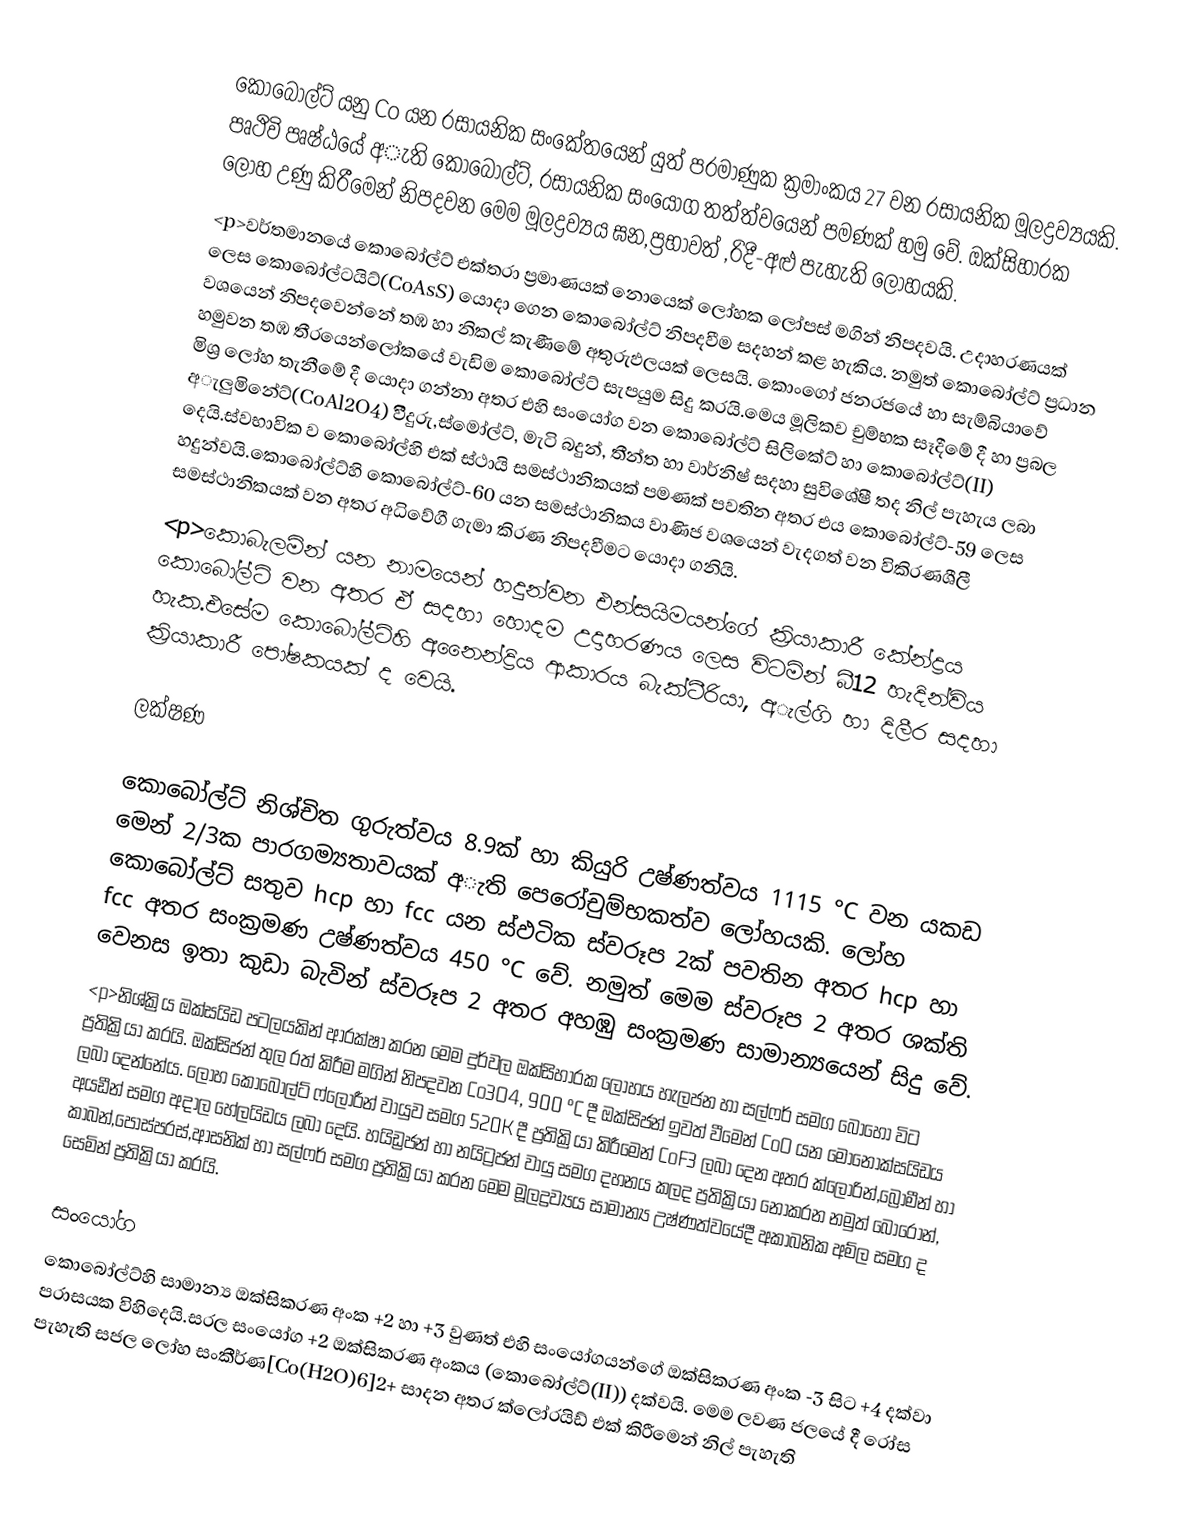
කොබෝල්ට් යනු Co යන රසායනික සංකේතයෙන් යුත් පරමාණුක ක්‍රමාංකය 27 වන රසායනික මූලද්‍රව්‍යයකි. පෘථිවි පෘෂ්ඨයේ අැති කොබෝල්ට්, රසායනික සංයෝග තත්ත්වයෙන් පමණක් හමු වේ. ඔක්සිහාරක  ලෝහ උණු කිරීමෙන් නිපදවන මෙම මූලද්‍රව්‍යය ඝන,ප්‍රභාවත් ,රිදී-අළු පැහැති ලෝහයකි.
<p>වර්තමානයේ කොබෝල්ට් එක්තරා ප්‍රමාණයක් නොයෙක් ලෝහක ලෝපස් මගින් නිපදවයි. උදාහරණයක් ලෙස කොබෝල්ටයිට්(CoAsS) යොදා ගෙන කොබෝල්ට් නිපදවීම සදහන් කළ හැකිය. නමුත් කොබෝල්ට් ප්‍රධාන වශයෙන් නිපදවෙන්නේ තඹ හා නිකල් කැණීමේ අතුරුඵලයක් ලෙසයි. කොංගෝ ජනරජයේ හා සැම්බියාවේ හමුවන තඹ තීරයෙන්ලෝකයේ වැඩිම කොබෝල්ට් සැපයුම සිදු කරයි.මෙය මූලිකව චුම්භක සෑදීමේ දී හා ප්‍රබල මිශ්‍ර ලෝහ තැනීමේ දී යොදා ගන්නා අතර එහි සංයෝග වන කොබෝල්ට් සිලිකේට් හා කොබෝල්ට්(II) අැලුමිනේට්(CoAl2O4) විීදුරු,ස්මෝල්ට්, මැටි බදුන්, තීන්ත හා වාර්නිෂ් සදහා සුවිශේෂී තද නිල් පැහැය ලබා දෙයි.ස්වභාවික ව කොබෝල්හි එක් ස්ථායි සමස්ථානිකයක් පමණක් පවතින අතර එය කොබෝල්ට්-59 ලෙස හදුන්වයි.කොබෝල්ට්හි කොබෝල්ට්-60 යන සමස්ථානිකය වාණිජ වශයෙන් වැදගත් වන විකිරණශීලී සමස්ථානිකයක් වන අතර අධිවේගී ගැමා කිරණ නිපදවීමට යොදා ගනියි.
<p>කොබැලමින් යන නාමයෙන් හදුන්වන එන්සයිමයන්ගේ ක්‍රියාකාරී කේන්ද්‍රය කොබෝල්ට් වන අතර ඒ සදහා හොදම උදාහරණය ලෙස විටමින් බී12 හැදින්විය හැක.එසේම කොබෝල්ට්හි අනෛන්ද්‍රිය ආකාරය බැක්‍ටීරියා, අැල්ගි හා දිලීර සදහා ක්‍රියාකාරී පෝෂකයක් ද වෙයි.

ලක්ෂණ

කොබෝල්ට් නිශ්චිත ගුරුත්වය 8.9ක් හා කියුරි උෂ්ණත්වය 1115 °C වන යකඩ මෙන් 2/3ක පාරගම්‍යතාවයක් අැති පෙරෝචුම්භකත්ව ලෝහයකි. ලෝහ කොබෝල්ට් සතුව hcp හා fcc යන ස්ඵටික ස්වරූප 2ක් පවතින අතර hcp හා fcc අතර සංක්‍රමණ උෂ්ණත්වය 450 °C වේ. නමුත් මෙම ස්වරූප 2 අතර ශක්ති වෙනස ඉතා කුඩා බැවින් ස්වරූප 2 අතර අහඹු සංක්‍රමණ සාමාන්‍යයෙන් සිදු වේ.
<p>නිශ්ක්‍රිය ඔක්සයිඩ පටලයකින් ආරක්ෂා කරන මෙම දුර්වල ඔක්සිහාරක ලෝහය හැලජන හා සල්ෆර් සමග බොහෝ විට ප්‍රතික්‍රියා කරයි. ඔක්සිජන් තුල රත් කිරීම මගින් නිපදවන Co3O4, 900 °C දී ඔක්සිජන් ඉවත් වීමෙන් CoO යන මොනොක්සයිඩය ලබා දෙන්නේය. ලෝහ කොබෝල්ට් ෆ්ලෝරීන් වායුව සමග 520K දී ප්‍රතික්‍රියා කිරීමෙන් CoF3 ලබා දෙන අතර ක්ලෝරින්,බ්‍රෝමීන් හා අයඩීන් සමග අදාල හේලයිඩය ලබා දෙයි. හයිඩ්‍රජන් හා නයිට්‍රජන් වායු සමග දහනය කලද ප්‍රතික්‍රියා නොකරන නමුත් බෝරෝන්, කාබන්,පොස්පරස්,ආසනික් හා සල්ෆර් සමග ප්‍රතික්‍රියා කරන මෙම මූලද්‍රව්‍යය සාමාන්‍ය උෂ්ණත්වයේදී අකාබනික අම්ල සමග ද සෙමින් ප්‍රතික්‍රියා කරයි.

සංයෝග
කොබෝල්ට්හි සාමාන්‍ය ඔක්සිකරණ අංක +2 හා +3 වුණත් එහි සංයෝගයන්ගේ ඔක්සිකරණ අංක -3 සිට +4 දක්වා පරාසයක විහිදෙයි.සරල සංයෝග +2 ඔක්සිකරණ අංකය (කොබෝල්ට්(II)) දක්වයි. මෙම ලවණ ජලයේ දී රෝස පැහැති සජල ලෝහ සංකීර්ණ[Co(H2O)6]2+ සාදන අතර ක්ලෝරයිඩ් එක් කිරීමෙන් නිල් පැහැති